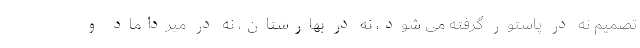
تصمیم نه در پاستور گرفته می شود، نه در بهارستان، نه در میرداماد و